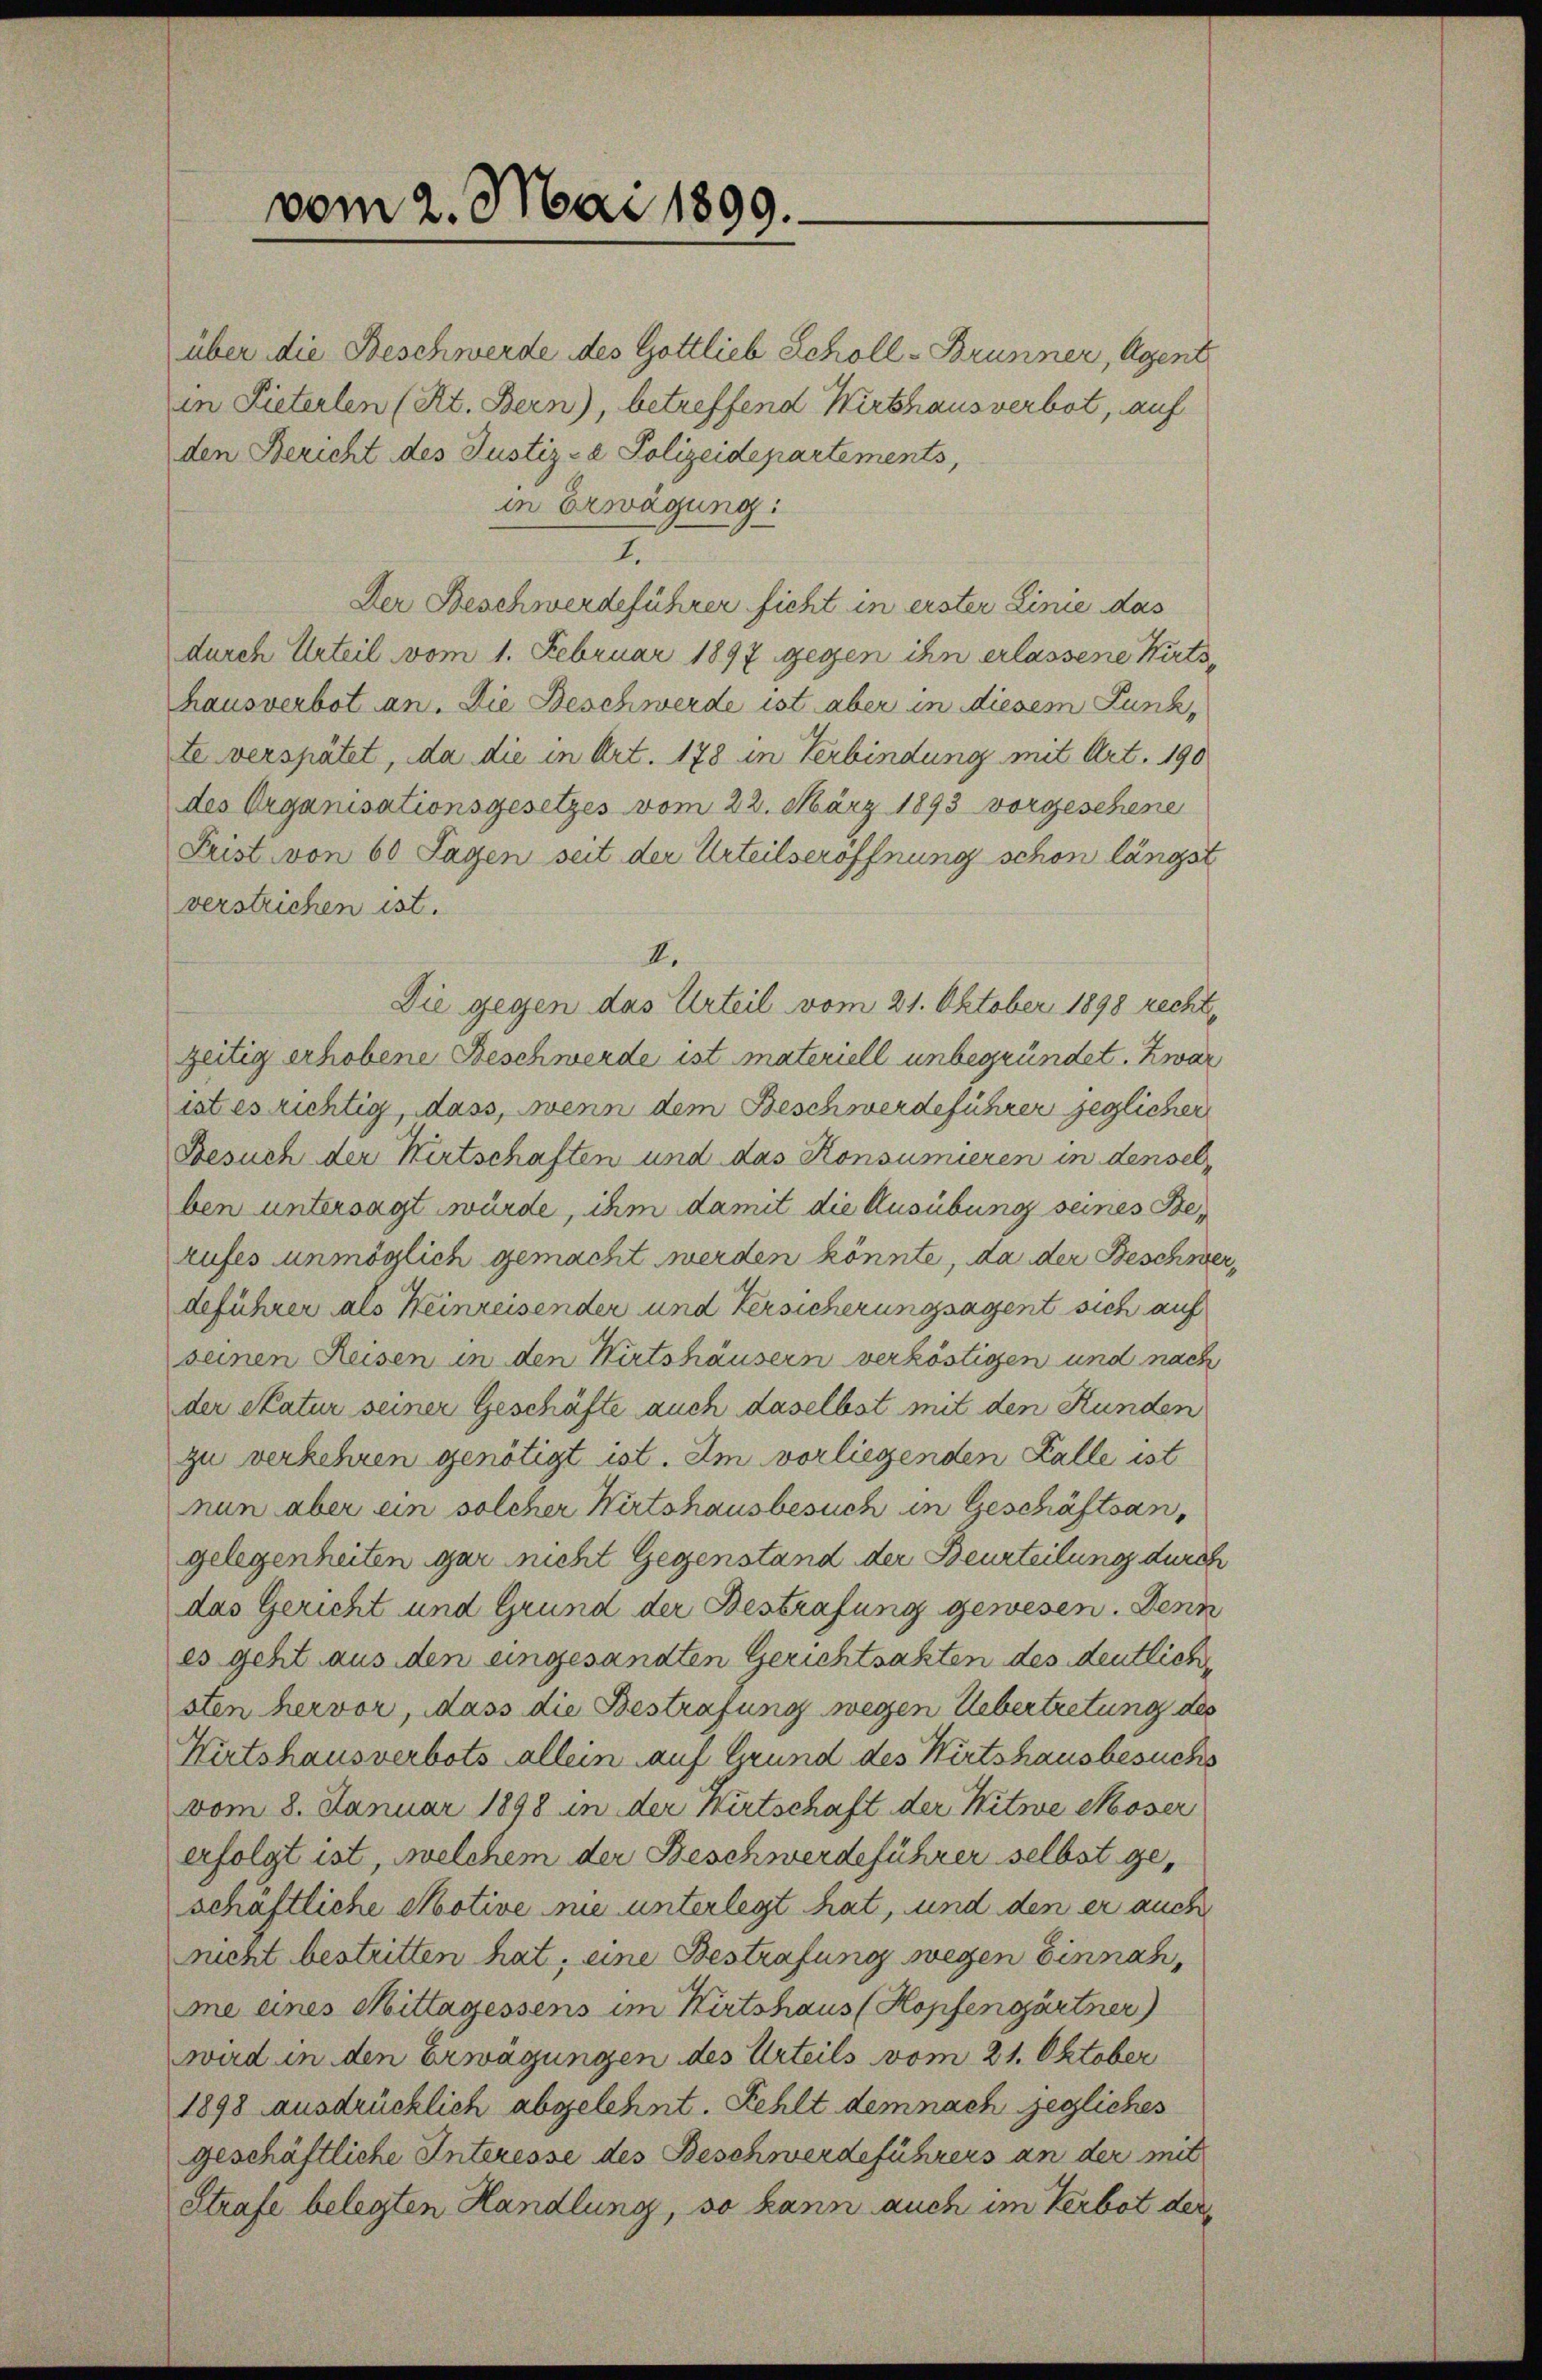
über die Beschwerde des Gottlieb Scholl-Brunner, Agent
in Pieterlen (Kt. Bern), betreffend Wirthausverbot, auf
den Bericht des Justiz- & Polizeidepartements,
in Erwägung:
I.
Der Beschwerdeführer ficht in erster Linie das
durch Urteil vom 1. Februar 1897 gegen ihn erlassene Kirtshausverbot an. Die Beschwerde ist aber in diesem Funk,
te verspätet, da die in Art. 178 in Verbindung mit Art. 190
des Organisationsgesetzes vom 22. März 1893 vorgeschene
Frist von 60 Sagen seit der Urteilseröffnung schon längst
verstrichen ist.
II.
Die gegen das Urteil vom 21. Oktober 1898 rechtzeitig erhobene Beschwerde ist materiell unbegründet. Zwar
istesrichtig, dass, wenn dem Beschwerdeführer jeglicher
Besuch der Kertschaften und das Konsumieren in densel
ben untersagt würde, ihm damit die Ausübung seines Berufes unmöglich gemacht werden könnte, da der Beschwerdeführer als Heinreisender und Versicherungsagent sich auf
seinen Reisen in den Wirtshäusern verköstigen und nach
der Natur seiner Geschäfte auch daselbst mit den Kunden
zu verkehren genötigt ist. Im vorliegenden Falle ist
nun aber ein solcher Wirtshausbesuch in Geschäftsangelegenheiten gar nicht Gegenstand der Beurteilung durch
das Gericht und Grund der Bestrafung gewesen. Denn
es geht aus den eingesandten Gerichtsakten des deutliche
sten hervor, dass die Bestrafung wegen Uebertretung des
Wirtshausverbots allein auf Grund des Wirtshausbesuchs
vom 8. Januar 1898 in der Wirtschaft der Witwe Moser
erfolgt ist, welchem der Beschwerdeführer selbst geschäftliche Motive nie unterlegt hat, und den er auch
rucht bestritten hat; eine Bestrafung wegen Einnahme eines Mittagessens im Wirtshaus (Kopfengärtner
wird in den Erwägungen des Urteils vom 21. Oktober
1898 ausdrücklich abgelehnt. Fehlt demnach jegliches
geschäftliche Interesse des Beschwerdeführers an der mit
Strafe belegten Handlung, so kann auch im Verbot der

vom 2. Mai 1899.